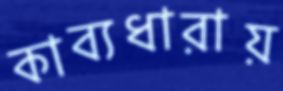
কাব্যধারায়